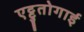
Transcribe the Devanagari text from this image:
एट्टुतोगाई